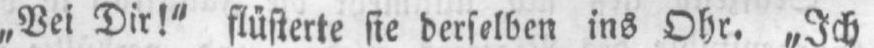
„Bei Dir!“ flüsterte sie derselben ins Ohr. „Ich